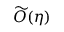
\widetilde { \cal O } ( \eta )